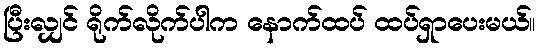
ပြီးလျှင် ရိုက်လိုက်ပါက နောက်ထပ် ထပ်ရှာပေးမယ်။